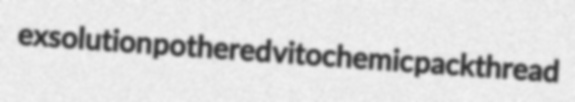
exsolution pothered vitochemic packthread